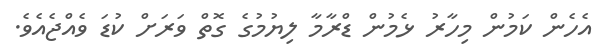
އެހެން ކަމުން މިހާރު ޅެމުން ޑްރާމާ ލިޔުމުގެ ގޮތް ވަރަށް ކުޑަ ވެއްޖެއެވެ.